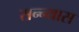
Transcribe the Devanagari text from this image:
सन्न्यास